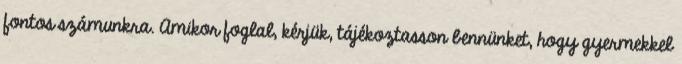
fontos számunkra. Amikor foglal, kérjük, tájékoztasson bennünket, hogy gyermekkel